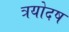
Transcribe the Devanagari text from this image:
त्रयोदष